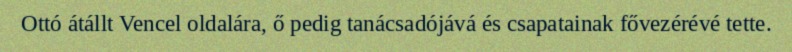
Ottó átállt Vencel oldalára, ő pedig tanácsadójává és csapatainak fővezérévé tette.